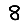
Digit: 8